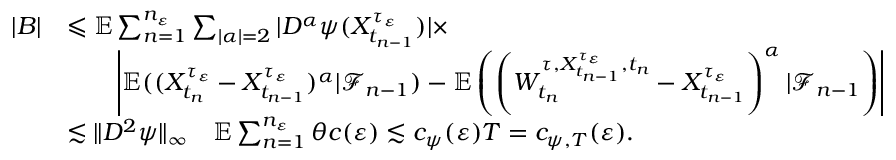
\begin{array} { r l } { | B | } & { \leqslant \mathbb { E } \sum _ { n = 1 } ^ { n _ { \varepsilon } } \sum _ { | \alpha | = 2 } | D ^ { \alpha } \psi ( X _ { t _ { n - 1 } } ^ { \tau _ { \varepsilon } } ) | \times } \\ & { \qquad \left| \mathbb { E } ( ( X _ { t _ { n } } ^ { \tau _ { \varepsilon } } - X _ { t _ { n - 1 } } ^ { \tau _ { \varepsilon } } ) ^ { \alpha } | \mathcal { F } _ { n - 1 } ) - \mathbb { E } \left( \left( W _ { t _ { n } } ^ { \tau , X _ { t _ { n - 1 } } ^ { \tau _ { \varepsilon } } , t _ { n } } - X _ { t _ { n - 1 } } ^ { \tau _ { \varepsilon } } \right) ^ { \alpha } | \mathcal { F } _ { n - 1 } \right) \right| } \\ & { \lesssim \| D ^ { 2 } \psi \| _ { \infty } \quad \mathbb { E } \sum _ { n = 1 } ^ { n _ { \varepsilon } } \theta c ( \varepsilon ) \lesssim c _ { \psi } ( \varepsilon ) T = c _ { \psi , T } ( \varepsilon ) . } \end{array}